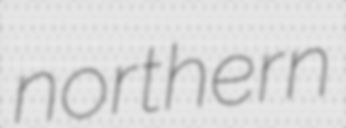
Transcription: northern